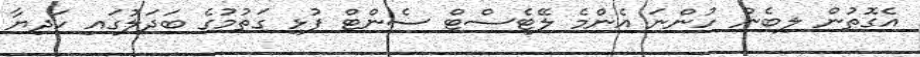
އެގޮތުން ލިބެން ހުންނަ އެންމެ ލޭޓެސްޓް ސެންޓް ފުޅި ގަތުމުގެ ބަދަލުގައި ހަދިޔާ